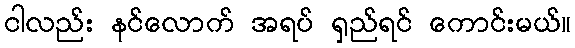
ငါလည်း နင်လောက် အရပ် ရှည်ရင် ကောင်းမယ်။